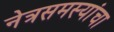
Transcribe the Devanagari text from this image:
नेत्रसमस्यांचा